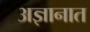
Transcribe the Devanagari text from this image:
अज्ञानात